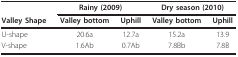
<table><thead><tr><td></td><td colspan="2"><b>Rainy (2009)</b></td><td colspan="2"><b>Dry season (2010)</b></td></tr><tr><td><b>Valley Shape</b></td><td><b>Valley bottom</b></td><td><b>Uphill</b></td><td><b>Valley bottom</b></td><td><b>Uphill</b></td></tr></thead><tbody><tr><td>U-shape</td><td>20.6a</td><td>12.7a</td><td>15.2a</td><td>13.9</td></tr><tr><td>V-shape</td><td>1.6Ab</td><td>0.7Ab</td><td>7.8Bb</td><td>7.8B</td></tr></tbody></table>